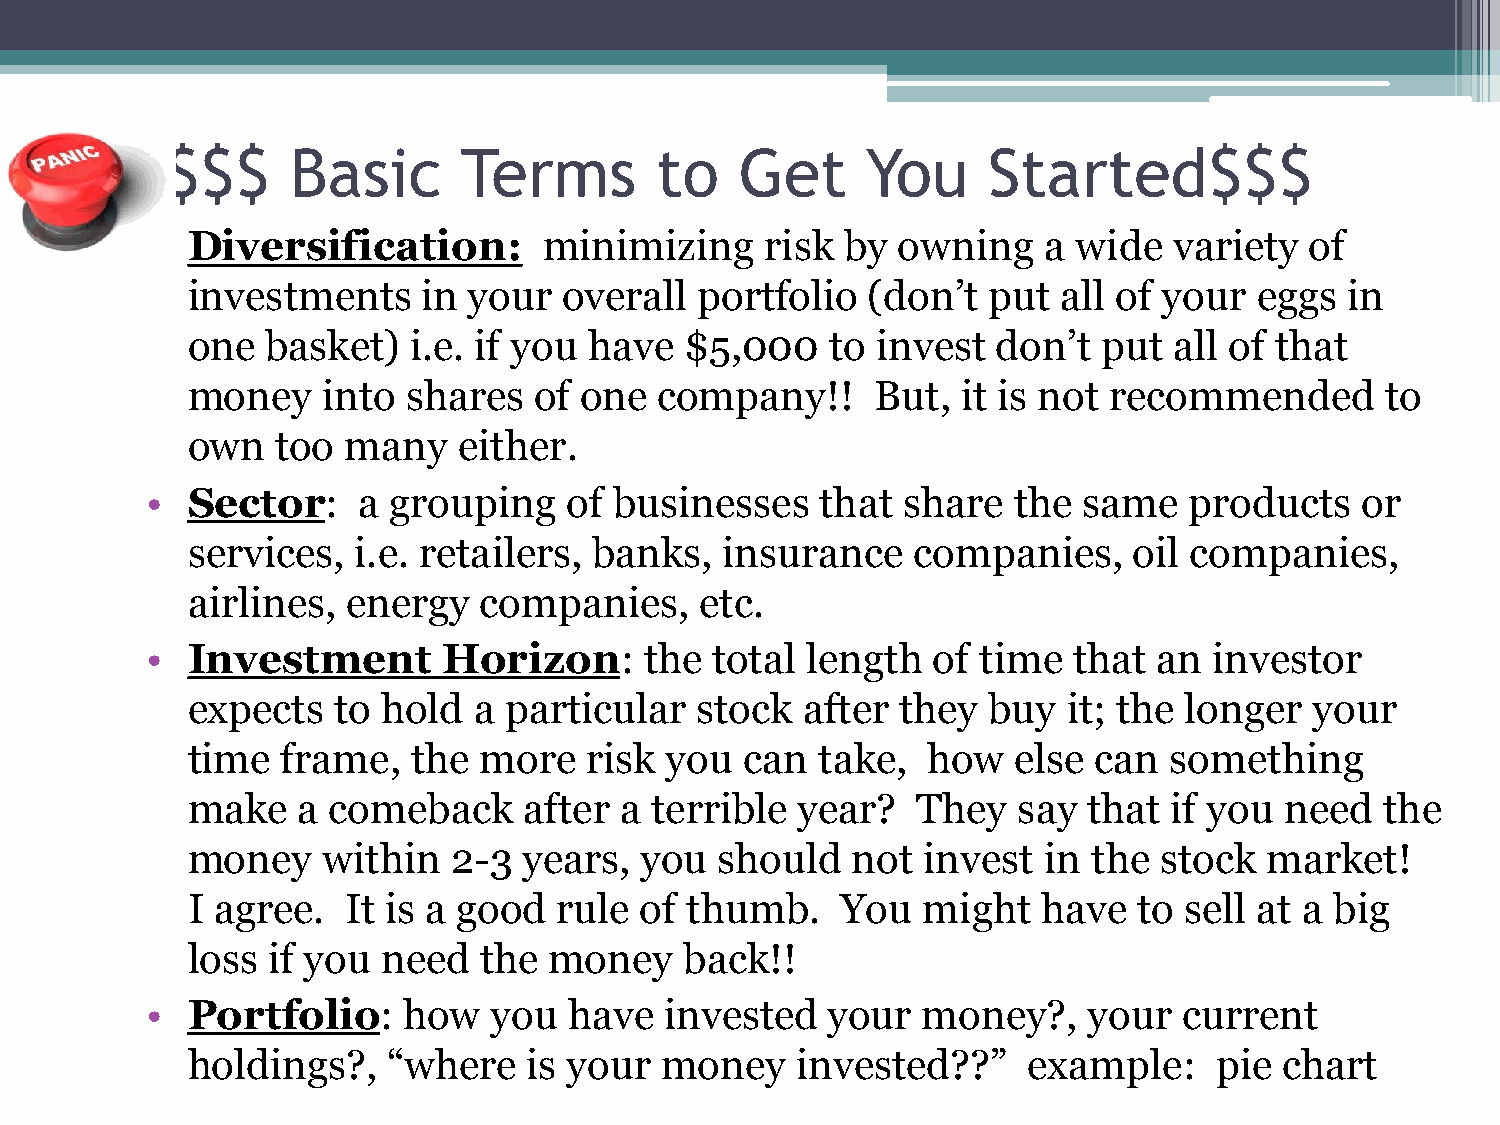
$$$     Basic       Terms       to    Get     You     Started$$$
 • Diversification:        minimizing     risk by owning    a wide   variety  of
 investments     in your  overall  portfolio  (don’t  put  all of your  eggs  in
 one   basket)  i.e. if you have  $5,000    to invest  don’t  put  all of that
 money    into  shares  of one   company!!     But,  it is not recommended       to
 own   too  many   either.
 • Sector:     a grouping    of businesses   that  share  the  same   products   or
 services,  i.e. retailers, banks,   insurance    companies,    oil companies,
 airlines,  energy   companies,    etc.
 • Investment       Horizon:      the total length   of time  that  an investor
 expects   to hold  a particular   stock  after  they buy   it; the longer  your
 time   frame,  the  more   risk you  can  take,  how   else  can something
 make    a comeback     after a terrible  year?   They  say  that  if you need   the
 money    within   2-3  years, you   should  not  invest  in the  stock  market!
 I agree.   It is a good  rule of thumb.     You  might   have  to sell at a big
 loss  if you need   the money    back!!
 • Portfolio:     how   you  have  invested   your  money?,    your  current
 holdings?,    “where   is your  money    invested??”    example:    pie  chart